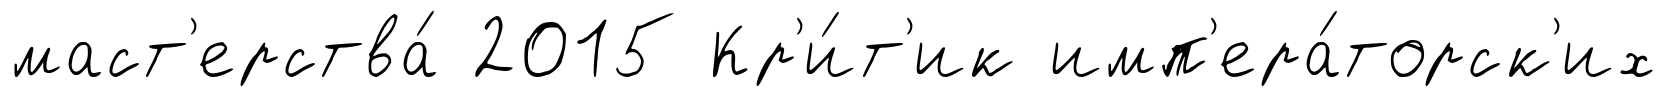
маст'ерства́ 2015 Кр'и́т'ик имп'ера́торск'их